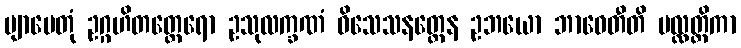
ဗျာပေတုံ ဥဂ္ဂဟိတတ္ထေရော ဥသုလက္ခဏံ ဝိသေသနတ္ထေန ဥဘယော ဘာဝေတီတိ ပလ္လတ္ထိကာ